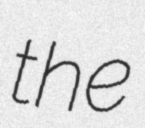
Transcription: the